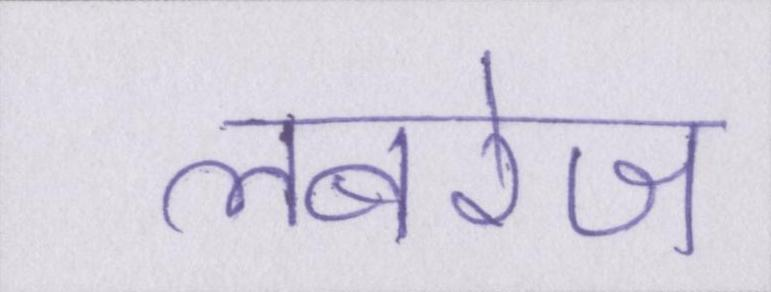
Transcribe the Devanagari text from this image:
लबरेज